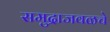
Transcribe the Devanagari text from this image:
समुद्राजवळचे